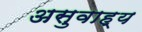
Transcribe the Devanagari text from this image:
असुवाह्य